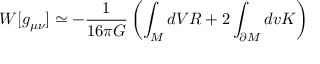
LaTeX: W [ g _ { \mu \nu } ] \simeq - { \frac { 1 } { 1 6 \pi G } } \left( \int _ { \cal M } d V R + 2 \int _ { \partial { \cal M } } d v K \right)